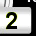
Digit: 2